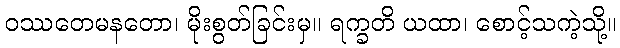
ဝဿတေမနတော၊ မိုးစွတ်ခြင်းမှ။ ရက္ခတိ ယထာ၊ စောင့်သကဲ့သို့။